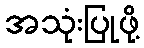
အသုံးပြုဖို့